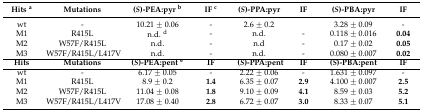
<table><thead><tr><td><b>Hits <sup>a</sup></b></td><td><b>Mutations</b></td><td><b>(<i>S</i>)-PEA:pyr <sup>b</sup></b></td><td><b>IF <sup>c</sup></b></td><td><b>(<i>S</i>)-PPA:pyr</b></td><td><b>IF</b></td><td><b>(<i>S</i>)-PBA:pyr</b></td><td><b>IF</b></td></tr></thead><tbody><tr><td>wt</td><td>-</td><td>10.21 ± 0.06</td><td>-</td><td>2.6 ± 0.2</td><td></td><td>3.28 ± 0.09</td><td>-</td></tr><tr><td>M1</td><td>R415L</td><td>n.d. <sup>d</sup></td><td>-</td><td>n.d.</td><td>-</td><td>0.118 ± 0.016</td><td><b>0.04</b></td></tr><tr><td>M2</td><td>W57F/R415L</td><td>n.d.</td><td>-</td><td>n.d</td><td>-</td><td>0.17 ± 0.02</td><td><b>0.05</b></td></tr><tr><td>M3</td><td>W57F/R415L/L417V</td><td>n.d.</td><td>-</td><td>n.d.</td><td>-</td><td>0.080 ± 0.007</td><td><b>0.02</b></td></tr><tr><td><b>Hits</b></td><td><b>Mutations</b></td><td><b>(<i>S</i>)-PEA:pent <sup>e</sup></b></td><td><b>IF</b></td><td><b>(<i>S</i>)-PPA:pent</b></td><td><b>IF</b></td><td><b>(<i>S</i>)-PBA:pent</b></td><td><b>IF</b></td></tr><tr><td>wt</td><td>-</td><td>6.17 ± 0.05</td><td>-</td><td>2.22 ± 0.06</td><td>-</td><td>1.631 ± 0.097</td><td>-</td></tr><tr><td>M1</td><td>R415L</td><td>8.9 ± 0.2</td><td><b>1.4</b></td><td>6.35 ± 0.07</td><td><b>2.9</b></td><td>4.100 ± 0.007</td><td><b>2.5</b></td></tr><tr><td>M2</td><td>W57F/R415L</td><td>11.04 ± 0.08</td><td><b>1.8</b></td><td>9.10 ± 0.09</td><td><b>4.1</b></td><td>8.59 ± 0.03</td><td><b>5.2</b></td></tr><tr><td>M3</td><td>W57F/R415L/L417V</td><td>17.08 ± 0.40</td><td><b>2.8</b></td><td>6.72 ± 0.07</td><td><b>3.0</b></td><td>8.33 ± 0.07</td><td><b>5.1</b></td></tr></tbody></table>